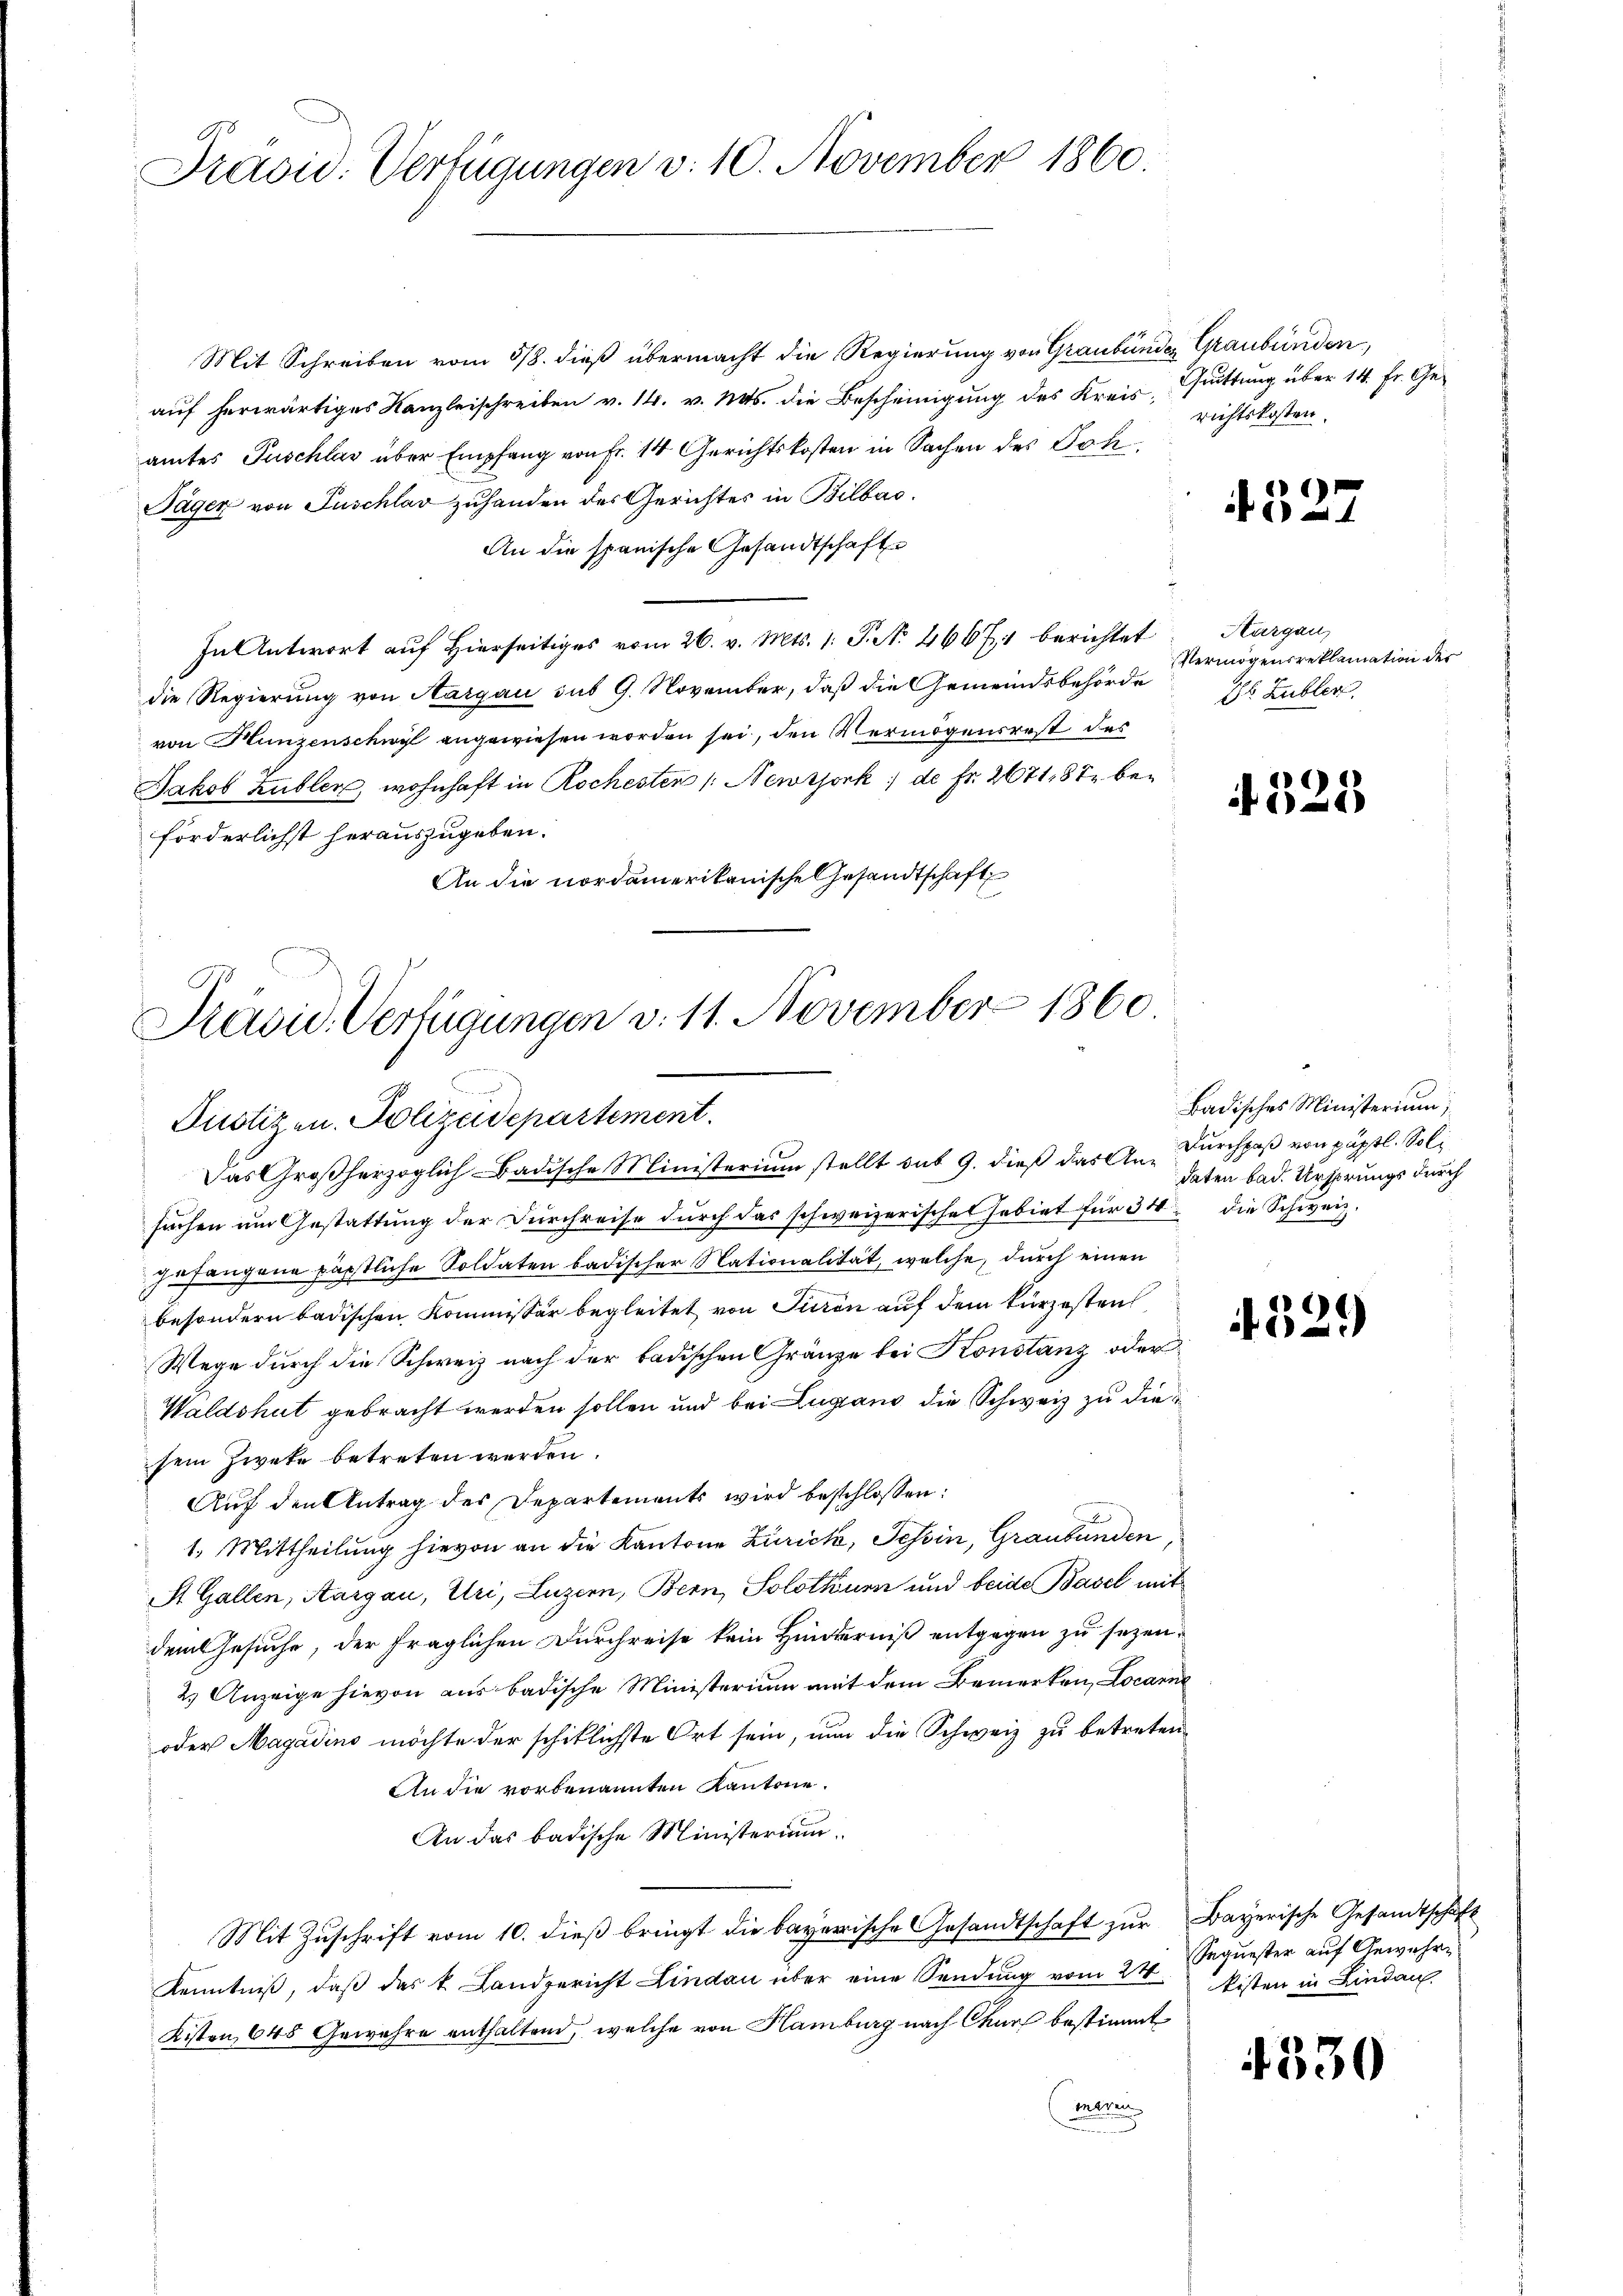
Präsid. Verfügungen v. 10. November 1860.

Mit Schreiben vom 5/8. dieß übermacht die Regierung von Graubünde Graubünden,
aŭf herwärtiges Kanzleischreiben v. 14. v. Mts. die Bescheinigung des Kreisamtes Puschlag über Empfang von Fr. 14 Gerichtskosten in Sachen des Joh
Jäger von Puschlav zuhanden des Gerichtes in Bilbar.
An die spanische Gesandtschaft
In Antwort auf Hierseitiges vom 26. v. Mts. 1. P. N. 46671 berichtet
die Regierung von Aargau sub 9. November, daß die Gemeindsbehörde
von Hunzenschwyl angewiesen worden sei, den Vermögensrest des
Jakob Zubler, wohnhaft in Rochesten /: Newtjork de Fr. 2671, 87 beförderlichst herauszugeben.
An die nordamerikanische Gesandtschaft

Präsid. Verfügungen v. 11. November 1860.
Justizen. Polizeidepartement.
Das Großherzoglich-Badische Ministerium stellt auf 9. dieß das An-Durchpaß von päpstl. Sol¬

suchen um Gestattung der Durchreise durch das schweizerische Gebiet für 34 die Schweiz.
zufangene päpstliche Soldaten badischer Nationalität, welche, durch einen
besondern badischen Kommissär begleitet von Turin auf dem kürzesten
Wege durch die Schweiz nach der badischen Gränze bei Konstanz oder
Waldshut gebracht werden sollen und bei Lugano die Schweiz zu diesem Zweke betreten werden.
Aŭf den Antrag der Departements wird beschlossen:
1. Mittheilung hievon an die Kantone Zurick, Tessin, Graubünden
St. Gallen, Aargau, Uri, Luzern, Bern, Solothurn und beide Basel mit
dem Gesuche, der fraglichen Durchreise kein Hinderniß entgegen zu sezen¬
2.) Anzeige hievon aus badische Ministerium mit dem Bemerken, Locarne
oder Magadins möchte der schiklichste Ort sein, nun die Schweiz zu betreten,
An die vorbenannten Kantone.
An das badische Ministerium.
Mit Zuschrift vom 10. dieß bringt die bayerische Gesandtschaft zur Bayerische Gesandtschaft
Kenntniß, daß das k. Landgericht Lindau über eine Sendung vom 24.
Kisten, 648 Gewehre enthaltend, welche von Hamburg nach Chur bestimmt
mtren

Quittung über 14. Fr. Gerichtskosten.

4527

Aargau,
Vermögensreklamation der
Ds Lubler

4325

Badisches Ministerium,
daten bad. Ursprungs durch

529

Sequester auf Gewehrkisten in Lindau

4330